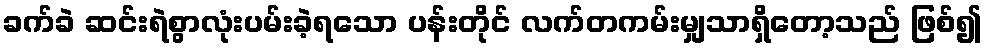
ခက်ခဲ ဆင်းရဲစွာလုံးပမ်းခဲ့ရသော ပန်းတိုင် လက်တကမ်းမျှသာရှိတော့သည် ဖြစ်၍